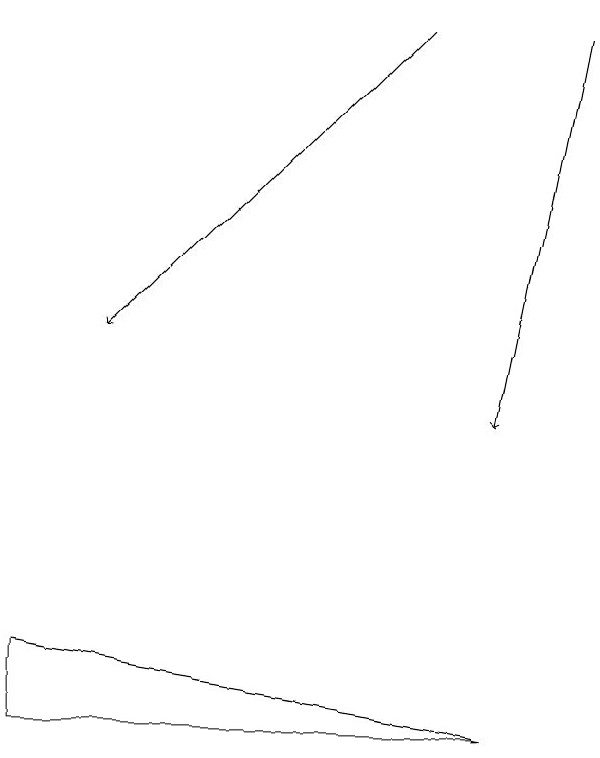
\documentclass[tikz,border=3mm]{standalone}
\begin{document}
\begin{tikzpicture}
\draw[->] (9,16) -- (8,11);
\draw[->] (7,16) -- (3,12);
\draw (2,7) -- (2,8) -- (8,7) -- cycle;
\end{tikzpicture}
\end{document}